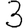
Digit: 3